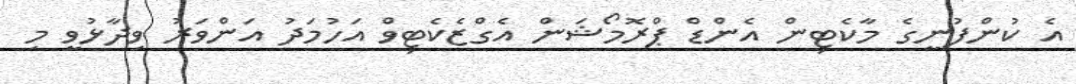
އެ ކުންފުނީގެ މާކެޓިން އެންޑް ޕްރޮމޯޝަން އެގްޒެކެޓިވް އަހުމަދު އަންވަރު ވިދާޅުވީ މި